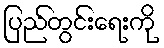
ပြည်တွင်းရေးကို